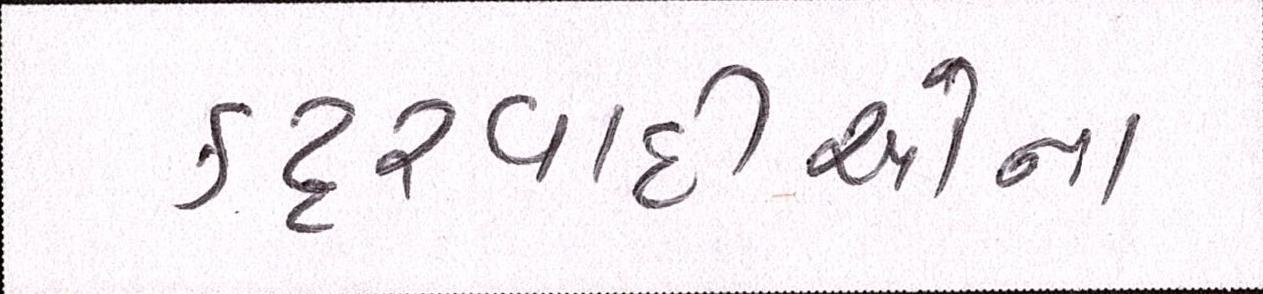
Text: કટ્ટરવાદીઓના